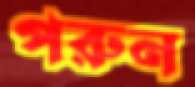
পরুন